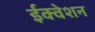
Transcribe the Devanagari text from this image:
ईक्वेशन